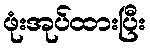
ဖုံးအုပ်ထားပြီး